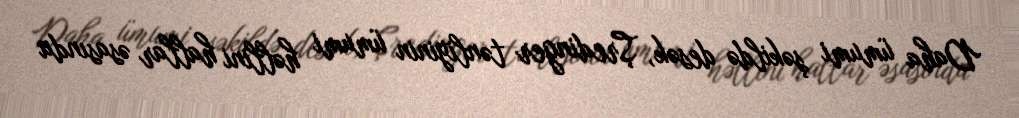
Daha ümumi şəkildə desək, Şredinger tənliyinin ümumi həllini hallar əsasında